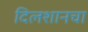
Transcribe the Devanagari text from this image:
दिलशानचा